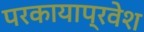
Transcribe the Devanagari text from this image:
परकायाप्रवेश